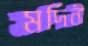
মর্দিনী